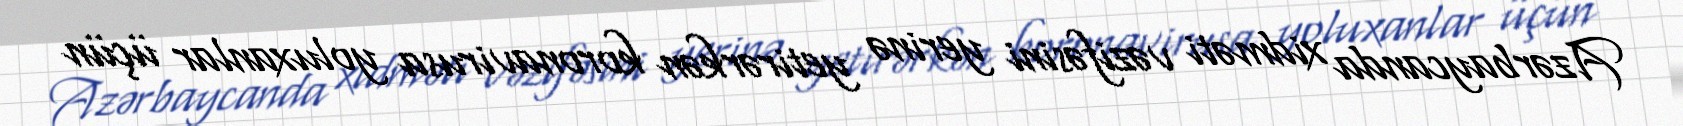
Azərbaycanda xidməti vəzifəsini yerinə yetirərkən koronavirusa yoluxanlar üçün